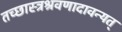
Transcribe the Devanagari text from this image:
तच्छास्त्रश्रवणादावन्यत्